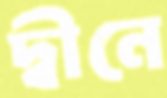
দ্বীনে